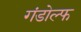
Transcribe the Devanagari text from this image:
गंडोल्फ